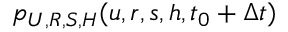
p _ { U , R , S , H } ( u , r , s , h , t _ { 0 } + \Delta t )